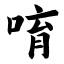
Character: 唷